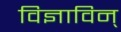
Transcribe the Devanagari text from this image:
विज्ञाविन्